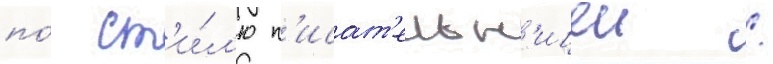
по́ ст'и́л'ю п'исат'ельн'ицеи /